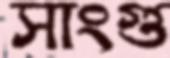
সাংগু